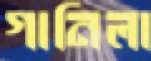
গানিলা